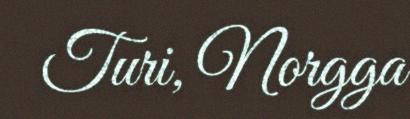
Turi, Norgga